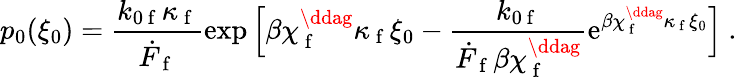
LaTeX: p_{0}(\xi_{0})=\frac{k_{0\mathrm{~f~}}\kappa_{\mathrm{~f~}}}{\dot{F}_{\mathrm{~f~}}}\exp{\Big[\beta\chi_{\mathrm{~f~}}^{\ddag}\kappa_{\mathrm{~f~}}\xi_{0}-\frac{k_{0\mathrm{~f~}}}{\dot{F}_{\mathrm{~f~}}\beta\chi_{\mathrm{~f~}}^{\ddag}}\mathrm{e}^{\beta\chi_{\mathrm{~f~}}^{\ddag}\kappa_{\mathrm{~f~}}\xi_{0}}\Big]}~.